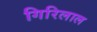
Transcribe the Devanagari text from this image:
गिरिलाल